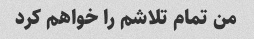
من تمام تلاشم را خواهم کرد